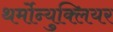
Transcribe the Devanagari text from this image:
थर्मोन्युक्लियर